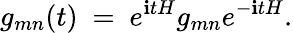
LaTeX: g_{mn}(t)~=~e^{\mathbf{i}tH}g_{mn}e^{-\mathbf{i}tH}.